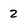
Character: 2